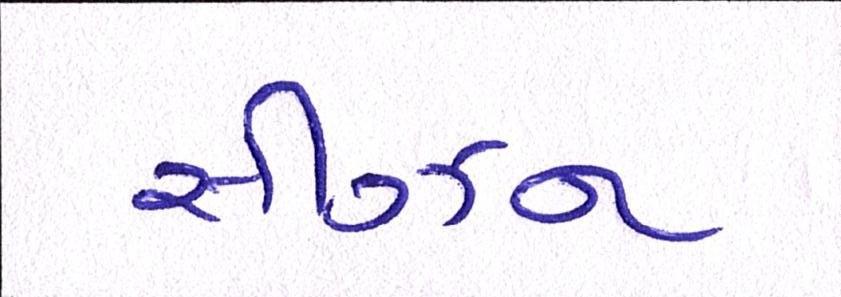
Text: સીઝન